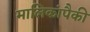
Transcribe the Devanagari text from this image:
मालिकांपैकी